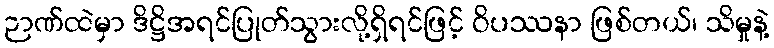
ဉာဏ်ထဲမှာ ဒိဋ္ဌိအရင်ပြုတ်သွားလို့ရှိရင်ဖြင့် ဝိပဿနာ ဖြစ်တယ်၊ သိမှုနဲ့